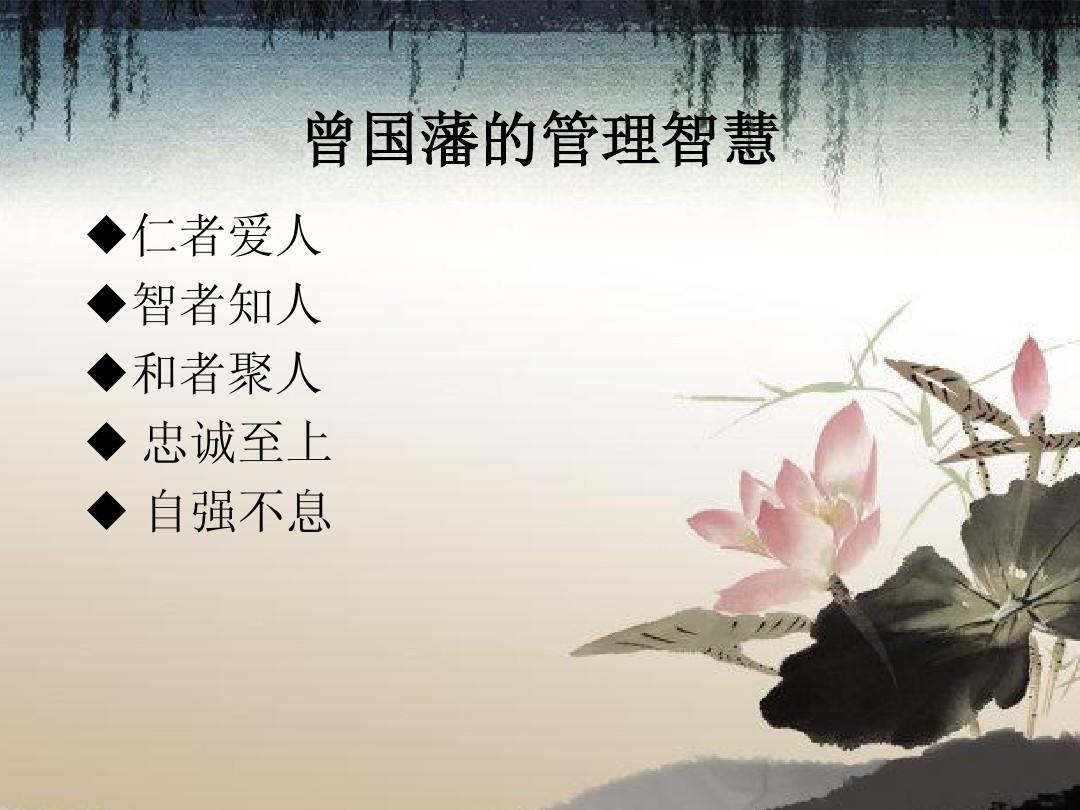
仁者爱万物，而智者备祸于未形，不仁不智，何以为国？